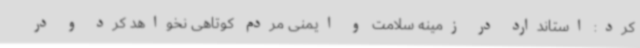
کرد: استاندارد در زمینه سلامت و ایمنی مردم کوتاهی نخواهد کرد و در